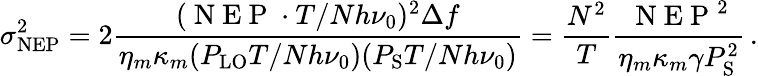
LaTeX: \sigma_{\mathrm{NEP}}^{2}=2\frac{(\mathrm{~N~E~P~}\cdot T/Nh\nu_{0})^{2}\Delta f}{\eta_{m}\kappa_{m}(P_{\mathrm{LO}}T/Nh\nu_{0})(P_{\mathrm{S}}T/Nh\nu_{0})}=\frac{N^{2}}{T}\frac{\mathrm{~N~E~P~}^{2}}{\eta_{m}\kappa_{m}\gamma P_{\mathrm{S}}^{2}}\, .